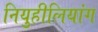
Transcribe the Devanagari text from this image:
नियुहीलियांग